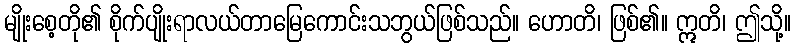
မျိုးစေ့တို၏ စိုက်ပျိုးရာလယ်တာမြေကောင်းသဘွယ်ဖြစ်သည်။ ဟောတိ၊ ဖြစ်၏။ ဣတိ၊ ဤသို့။